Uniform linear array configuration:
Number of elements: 24
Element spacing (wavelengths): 0.5
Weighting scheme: exponential
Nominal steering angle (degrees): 30
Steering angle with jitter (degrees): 30.862
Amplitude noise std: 0.05
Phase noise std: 0.05

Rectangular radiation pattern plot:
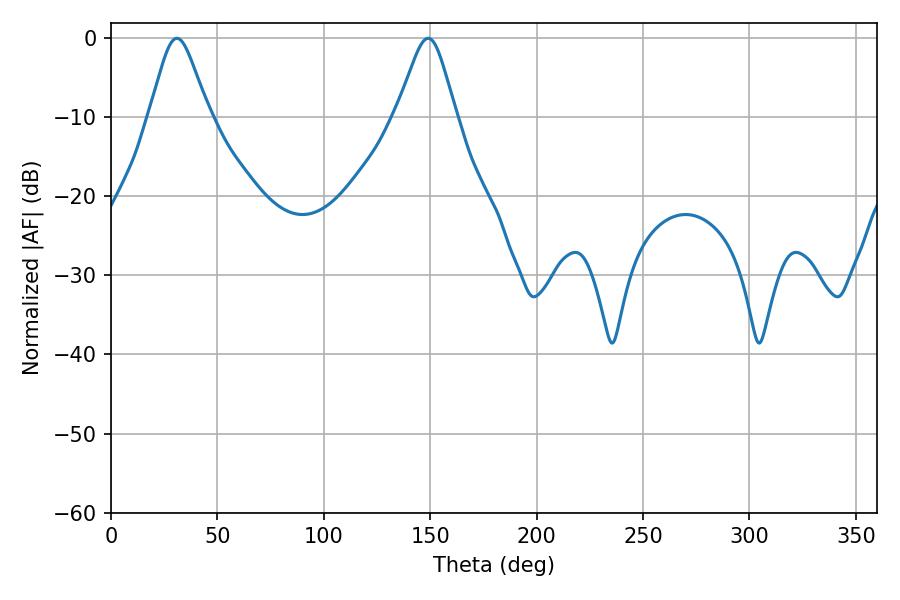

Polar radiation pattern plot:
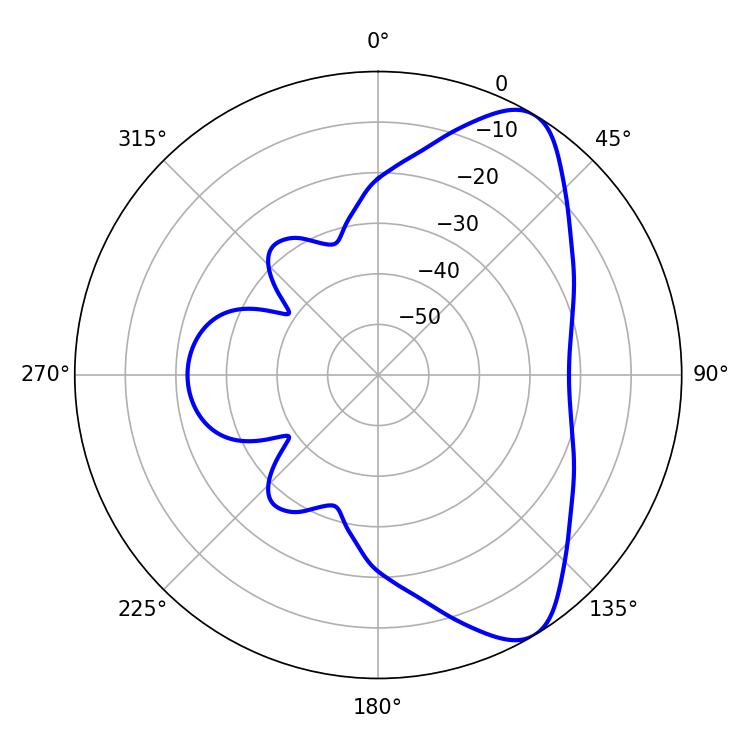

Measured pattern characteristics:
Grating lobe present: FALSE
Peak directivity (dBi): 8.127
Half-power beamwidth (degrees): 13.5
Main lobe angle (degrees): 30.96